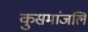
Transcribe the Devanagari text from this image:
कुसमांजलि